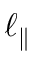
\ell _ { \parallel }